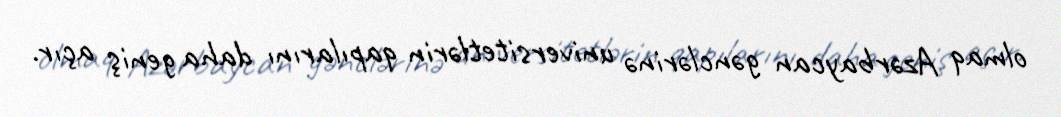
olmaq Azərbaycan gənclərinə universitetlərin qapılarını daha geniş açır.